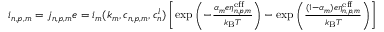
\begin{array} { r } { i _ { n , p , m } = j _ { n , p , m } e = i _ { m } ( k _ { m } , c _ { n , p , m } , c _ { n } ^ { l } ) \left[ \mathrm { e x p } \left( - \frac { \alpha _ { m } e \eta _ { n , p , m } ^ { \mathrm { e f f } } } { k _ { \mathrm { B } } T } \right) - \mathrm { e x p } \left( \frac { ( 1 - \alpha _ { m } ) e \eta _ { n , p , m } ^ { \mathrm { e f f } } } { k _ { \mathrm { B } } T } \right) \right] } \end{array}